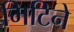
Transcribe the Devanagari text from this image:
मिटिने